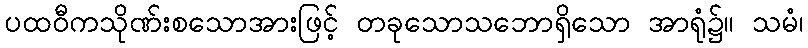
ပထဝီကသိုဏ်းစသောအားဖြင့် တခုသောသဘောရှိသော အာရုံ၌။ သမံ၊